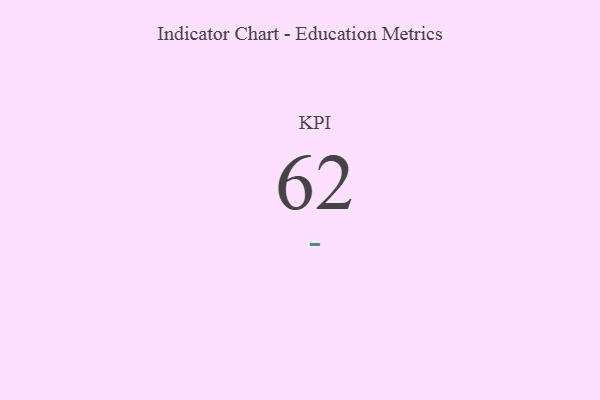
{"axis": {"x": "KPI", "y": "Value"}, "legend": [""], "data": [{"x": "KPI", "y": 62, "type": ""}]}